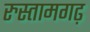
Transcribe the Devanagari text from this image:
रुस्तामगढ़